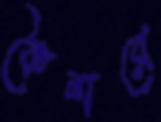
কৈশরে